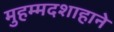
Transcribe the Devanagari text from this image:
मुहम्मदशाहाने